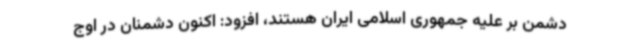
دشمن بر علیه جمهوری اسلامی ایران هستند، افزود: اکنون دشمنان در اوج